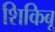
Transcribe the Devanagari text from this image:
शिकिबू